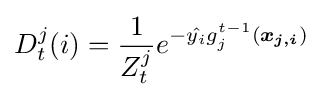
D_{t}^{j}(i)={\frac {1}{Z_{t}^{j}}}e^{-{\hat {y_{i}}}g_{j}^{t-1}({\boldsymbol {x_{j,i}}})}